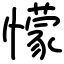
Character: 懞